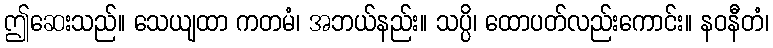
ဤဆေးသည်။ သေယျထာ ကတမံ၊ အဘယ်နည်း။ သပ္ပိ၊ ထောပတ်လည်းကောင်း။ နဝနီတံ၊